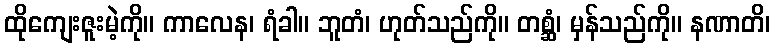
ထိုကျေးဇူးမဲ့ကို။ ကာလေန၊ ရံခါ။ ဘူတံ၊ ဟုတ်သည်ကို။ တစ္ဆံ၊ မှန်သည်ကို။ နဏာတိ၊